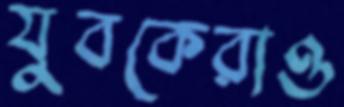
যুবকেরাও